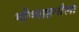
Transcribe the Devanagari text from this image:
भीष्माष्टमीला